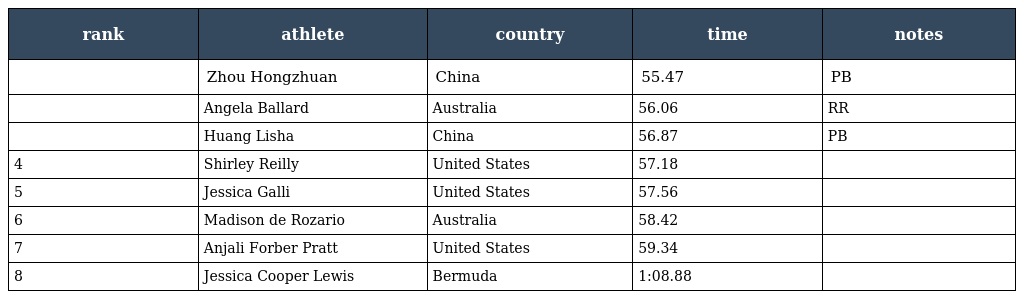
| rank | athlete | country | time | notes |
 | --- | --- | --- | --- | --- |
 |  | Zhou Hongzhuan | China | 55.47 | PB |
 |  | Angela Ballard | Australia | 56.06 | RR |
 |  | Huang Lisha | China | 56.87 | PB |
 | 4 | Shirley Reilly | United States | 57.18 |  |
 | 5 | Jessica Galli | United States | 57.56 |  |
 | 6 | Madison de Rozario | Australia | 58.42 |  |
 | 7 | Anjali Forber Pratt | United States | 59.34 |  |
 | 8 | Jessica Cooper Lewis | Bermuda | 1:08.88 |  |